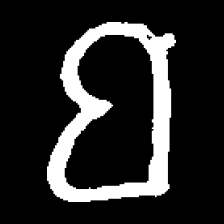
Pyu character \u2014 Myanmar letter: ဗ (romanized: ba)